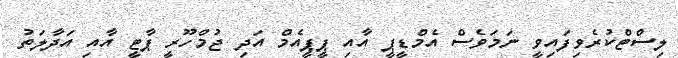
ލިސްޓްކުރެވިފައިވީ ނަމަވެސް އެމްޑީޕީ އާއި ޕީޕީއެމް އަދި ޖުމްހޫރީ ޕާޓީ އާއި އަދާލަތު